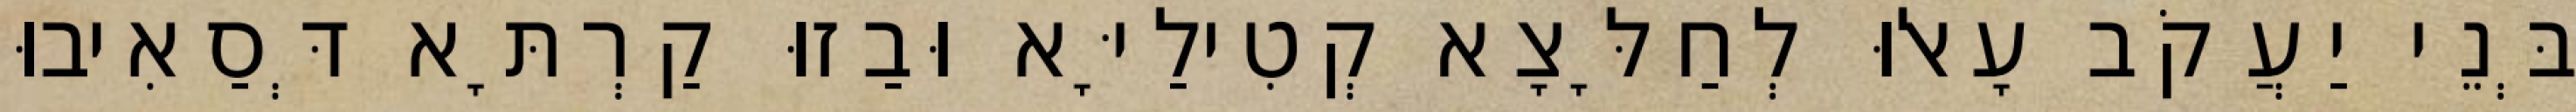
בְּנֵי יַעֲקֹב עָאלוּ לְחַלָּצָא קְטִילַיָּא וּבַזוּ קַרְתָּא דְּסַאִיבוּ